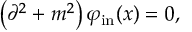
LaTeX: \left( \partial ^ { 2 } + m ^ { 2 } \right) \varphi _ { \mathrm { i n } } ( x ) = 0 ,